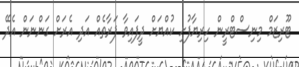
ޓޫރިޒަމް މިނިސްޓްރީން ހިރިޔާފުށި ކުއްޔަށް ދީފައިވާ ފަރާތެއް އަދި އެރަށް ގަންނަން އެދޭ